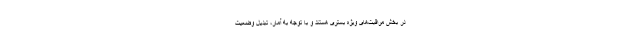
در بخش مراقبت‌های ویژه بستری هستند و با توجه به آمار، تبدیل وضعیت